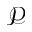
\mathcal P